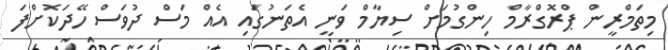
މިތަމްރީން ޕްރޮގްރާމް ހިންގުމަށް ސިޔާމް ވަނީ އެތަނުގައި އެއް މަސް ދުވަސް ހޭދަކޮށްފަ